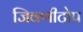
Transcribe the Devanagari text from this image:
जिवणीटोप